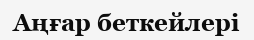
Аңғар беткейлері